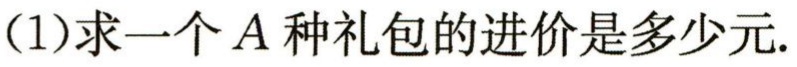
(1)求一个\(A\)种礼包的进价是多少元.